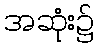
အဆုံး၌